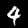
Digit: 4